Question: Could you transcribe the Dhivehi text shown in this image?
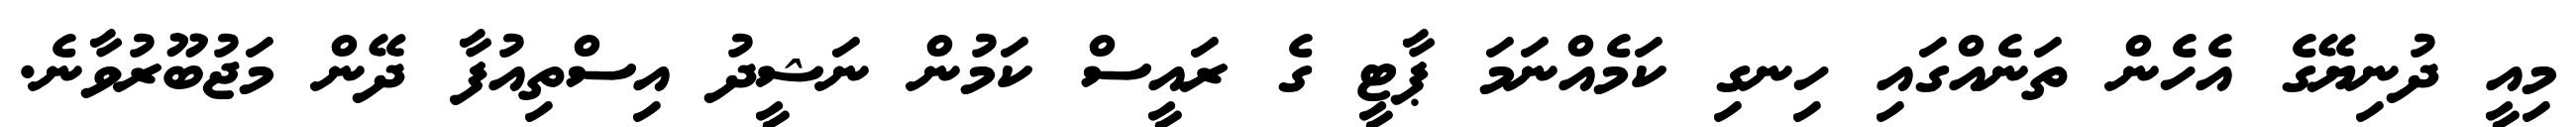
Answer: މިއީ ދުނިޔޭގެ އެހެން ތަނެއްގައި ހިނގި ކަމެއްނަމަ ޕާޓީ ގެ ރައީސް ކަމުން ނަޝީދު އިސްތިއުފާ ދޭން މަޖުބޫރުވާނެ.